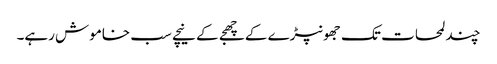
چند لمحات تک جھونپڑے کے چھجے کے نیچے سب خاموش رہے۔